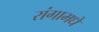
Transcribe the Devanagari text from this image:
रांगामधे